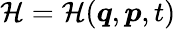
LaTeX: {\mathcal{H}}={\mathcal{H}}({\boldsymbol{q}},{\boldsymbol{p}},t)